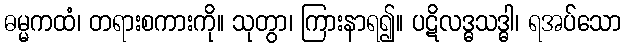
ဓမ္မကထံ၊ တရားစကားကို။ သုတွာ၊ ကြားနာရ၍။ ပဋိလဒ္ဓသဒ္ဓါ၊ ရအပ်သော